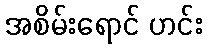
အစိမ်းရောင် ဟင်း